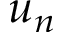
u _ { n }